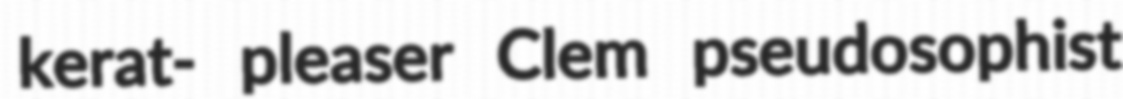
kerat- pleaser Clem pseudosophist